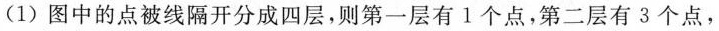
(1) 图中的点被线隔开分成四层，则第一层有1个点，第二层有3个点，